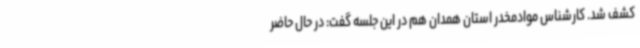
کشف شد. کارشناس موادمخدر استان همدان هم در این جلسه گفت: در حال حاضر